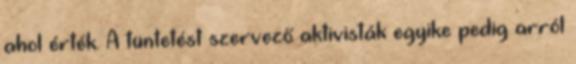
ahol érték. A tüntetést szervező aktivisták egyike pedig arról